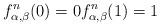
LaTeX: \begin{align*} f^n_{\alpha, \beta}(0) = 0 f^n_{\alpha, \beta}(1) = 1\end{align*}